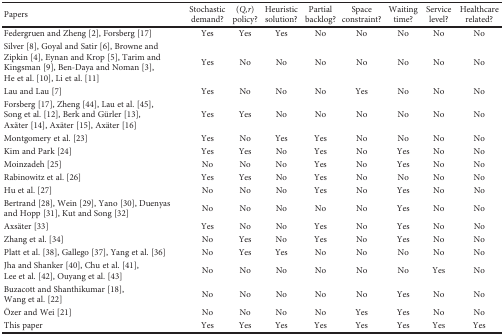
<table><thead><tr><td><b>Papers</b></td><td><b>Stochastic demand?</b></td><td><b>(<i>Q,r</i>) policy?</b></td><td><b>Heuristic solution?</b></td><td><b>Partial backlog?</b></td><td><b>Space constraint?</b></td><td><b>Waiting time?</b></td><td><b>Service level?</b></td><td><b>Healthcare related?</b></td></tr></thead><tbody><tr><td>Federgruen and Zheng [2], Forsberg [17]</td><td>Yes</td><td>Yes</td><td>Yes</td><td>No</td><td>No</td><td>No</td><td>No</td><td>No</td></tr><tr><td>Silver [8], Goyal and Satir [6], Browne and Zipkin [4], Eynan and Krop [5], Tarim and Kingsman [9], Ben-Daya and Noman [3], He et al. [10], Li et al. [11]</td><td>Yes</td><td>No</td><td>No</td><td>No</td><td>No</td><td>No</td><td>No</td><td>No</td></tr><tr><td>Lau and Lau [7]</td><td>Yes</td><td>No</td><td>No</td><td>No</td><td>Yes</td><td>No</td><td>No</td><td>No</td></tr><tr><td>Forsberg [17], Zheng [44], Lau et al. [45], Song et al. [12], Berk and Gürler [13], Axäter [14], Axäter [15], Axäter [16]</td><td>Yes</td><td>Yes</td><td>No</td><td>No</td><td>No</td><td>No</td><td>No</td><td>No</td></tr><tr><td>Montgomery et al. [23]</td><td>Yes</td><td>No</td><td>Yes</td><td>Yes</td><td>No</td><td>No</td><td>No</td><td>No</td></tr><tr><td>Kim and Park [24]</td><td>Yes</td><td>Yes</td><td>No</td><td>Yes</td><td>No</td><td>Yes</td><td>No</td><td>No</td></tr><tr><td>Moinzadeh [25]</td><td>No</td><td>No</td><td>No</td><td>Yes</td><td>No</td><td>Yes</td><td>No</td><td>No</td></tr><tr><td>Rabinowitz et al. [26]</td><td>Yes</td><td>Yes</td><td>No</td><td>Yes</td><td>No</td><td>No</td><td>No</td><td>No</td></tr><tr><td>Hu et al. [27]</td><td>No</td><td>No</td><td>No</td><td>Yes</td><td>No</td><td>Yes</td><td>No</td><td>No</td></tr><tr><td>Bertrand [28], Wein [29], Yano [30], Duenyas and Hopp [31], Kut and Song [32]</td><td>No</td><td>No</td><td>No</td><td>No</td><td>No</td><td>Yes</td><td>No</td><td>No</td></tr><tr><td>Axsäter [33]</td><td>Yes</td><td>No</td><td>No</td><td>Yes</td><td>No</td><td>Yes</td><td>No</td><td>No</td></tr><tr><td>Zhang et al. [34]</td><td>No</td><td>Yes</td><td>No</td><td>Yes</td><td>No</td><td>Yes</td><td>No</td><td>No</td></tr><tr><td>Platt et al. [38], Gallego [37], Yang et al. [36]</td><td>No</td><td>Yes</td><td>Yes</td><td>No</td><td>No</td><td>No</td><td>No</td><td>No</td></tr><tr><td>Jha and Shanker [40], Chu et al. [41], Lee et al. [42], Ouyang et al. [43]</td><td>No</td><td>No</td><td>No</td><td>No</td><td>No</td><td>No</td><td>Yes</td><td>No</td></tr><tr><td>Buzacott and Shanthikumar [18], Wang et al. [22]</td><td>No</td><td>No</td><td>No</td><td>No</td><td>No</td><td>Yes</td><td>No</td><td>No</td></tr><tr><td>Özer and Wei [21]</td><td>No</td><td>No</td><td>No</td><td>No</td><td>Yes</td><td>Yes</td><td>No</td><td>No</td></tr><tr><td>This paper</td><td>Yes</td><td>Yes</td><td>Yes</td><td>Yes</td><td>Yes</td><td>Yes</td><td>Yes</td><td>Yes</td></tr></tbody></table>